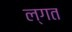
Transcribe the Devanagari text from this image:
ल्गत